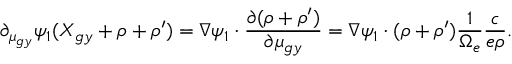
\partial _ { \mu _ { g y } } \psi _ { 1 } ( \boldsymbol { X } _ { g y } + \boldsymbol { \rho } + \boldsymbol { \rho } ^ { \prime } ) = \nabla \psi _ { 1 } \boldsymbol { \cdot } \frac { \partial ( \boldsymbol { \rho } + \boldsymbol { \rho } ^ { \prime } ) } { \partial \mu _ { g y } } = \nabla \psi _ { 1 } \boldsymbol { \cdot } ( \boldsymbol { \rho } + \boldsymbol { \rho } ^ { \prime } ) \frac { 1 } { \Omega _ { e } } \frac { c } { e \rho } .